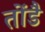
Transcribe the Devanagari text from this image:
तोंडै